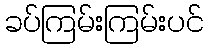
ခပ်ကြမ်းကြမ်းပင်